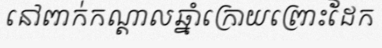
នៅពាក់កណ្តាលឆ្នាំក្រោយព្រោះដែក